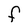
Character: F